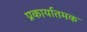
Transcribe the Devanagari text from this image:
प्रकार्यातमक